Civil Veterinary Dept. Bombay admin report 1900-1906 - 1900-1906
Year: 1900
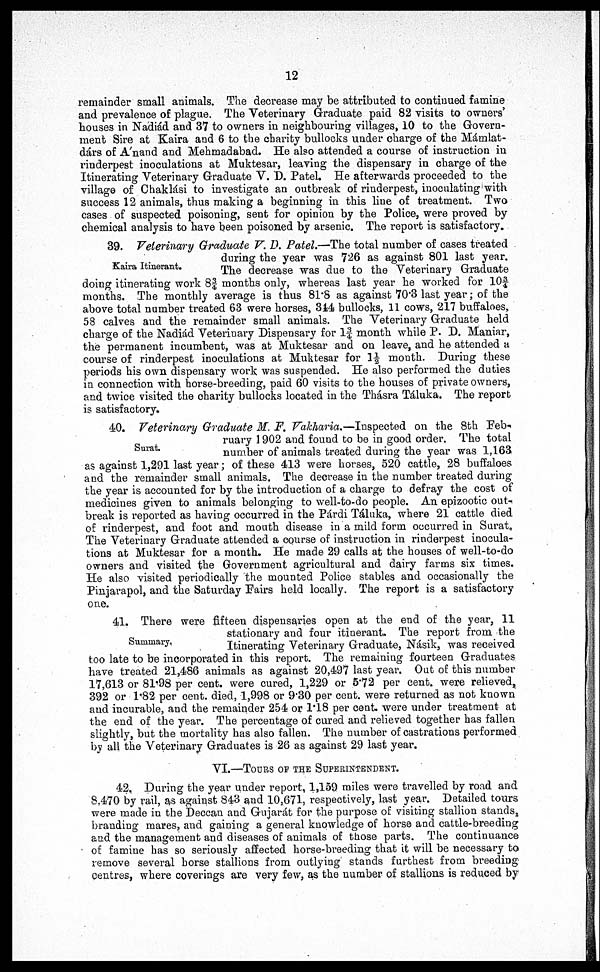
12
remainder small animals. The decrease may be attributed to continued famine
and prevalence of plague. The Veterinary Graduate paid 82 visits to owners'
houses in Nadiád and 37 to owners in neighbouring villages, 10 to the Govern-
ment Sire at Kaira and 6 to the charity bullocks under charge of the Mámlat¬
dárs of A'nand and Mehmadabad. He also attended a course of instruction in
rinderpest inoculations at Muktesar, leaving the dispensary in charge of the
Itinerating Veterinary Graduate V. D. Patel. He afterwards proceeded to the
village of Chaklási to investigate an outbreak of rinderpest, inoculating with
success 12 animals, thus making a beginning in this line of treatment. Two
cases of suspected poisoning, sent for opinion by the Police, were proved by
chemical analysis to have been poisoned by arsenic. The report is satisfactory.
Kaira Itinerant.
39. Veterinary Graduate V. D. Patel.—The total number of cases treated
during the year was 726 as against 801 last year.
The decrease was due to the Veterinary Graduate
doing itinerating work 8¾ months only, whereas last year he worked for 10¾
months. The monthly average is thus 81.8 as against 70.3 last year; of the
above total number treated 63 were horses, 344 bullocks, 11 cows, 217 buffaloes,
58 calves and the remainder small animals. The Veterinary Graduate held
charge of the Nadiád Veterinary Dispensary for 1¾ month while P. D. Maniar,
the permanent incumbent, was at Muktesar and on leave, and he attended a
course of rinderpest inoculations at Muktesar for 1½ month. During these
periods his own dispensary work was suspended. He also performed the duties
in connection with horse-breeding, paid 60 visits to the houses of private owners,
and twice visited the charity bullocks located in the Thásra Táluka. The report
is satisfactory.
Surat.
40. Veterinary Graduate M. F. Vakharia.—Inspected
on the 8th Feb-
ruary 1902 and found to be in good order. The total
number of animals treated during the year was 1,163
as against 1,291 last year; of these 413 were horses, 520 cattle, 28 buffaloes
and the remainder small animals. The decrease in the number treated during
the year is accounted for by the introduction of a charge to defray the cost of
medicines given to animals belonging to well-to-do people. An epizootic out-
break is reported as having occurred in the Párdi Táluka, where 21 cattle died
of rinderpest, and foot and mouth disease in a mild form occurred in Surat.
The Veterinary Graduate attended a course of instruction in rinderpest inocula-
tions at Muktesar for a month. He made 29 calls at the houses of well-to-do
owners and visited the Government agricultural and dairy farms six times.
He also visited periodically the mounted Police stables and occasionally the
Pinjarapol, and the Saturday Fairs held locally. The report is a satisfactory
one.
Summary.
41. There were fifteen dispensaries open at the end of the year, 11
stationary and four itinerant. The report from the
Itinerating Veterinary Graduate, Násik, was received
too late to be incorporated in this report. The remaining fourteen Graduates
have treated 21,486 animals as against 20,497 last year. Out of this number
17,613 or 81.98 per cent. were cured, 1,229 or 5.72 per cent. were relieved,
392 or 1.82 per cent. died, 1,998 or 9.30 per cent. were returned as not known
and incurable, and the remainder 254 or 1.18 per cent. were under treatment at
the end of the year. The percentage of cured and relieved together has fallen
slightly, but the mortality has also fallen. The number of castrations performed
by all the Veterinary Graduates is 26 as against 29 last year.
VI.—TOURS OF THE SUPERINTENDENT.
42. During the year under report, 1,159 miles were travelled by road and
8,470 by rail, as against 843 and 10,671, respectively, last year. Detailed tours
were made in the Deccan and Gujarát for the purpose of visiting stallion stands,
branding mares, and gaining a general knowledge of horse and cattle-breeding
and the management and diseases of animals of those parts. The continuance
of famine has so seriously affected horse-breeding that it will be necessary to
remove several horse stallions from outlying stands furthest from breeding
centres, where coverings are very few, as the number of stallions is reduced by